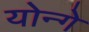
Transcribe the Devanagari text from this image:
योन्गे